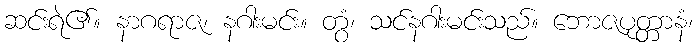
ဆင်းရဲ၏။ နာဂရာဇ၊ နဂါးမင်း။ တွံ၊ သင်နဂါးမင်းသည်။ ဘောဇပုတ္တာနံ၊